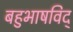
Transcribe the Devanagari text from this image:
बहुभाषविद्